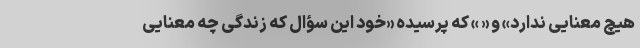
هیچ معنایی ندارد» و « » که پرسیده «خود این سؤال که زندگی چه معنایی